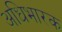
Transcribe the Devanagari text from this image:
अधिभारक